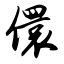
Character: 儇